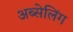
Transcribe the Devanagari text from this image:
अब्सेलिंग